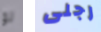
لو رجلى